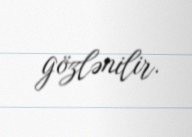
gözlənilir.